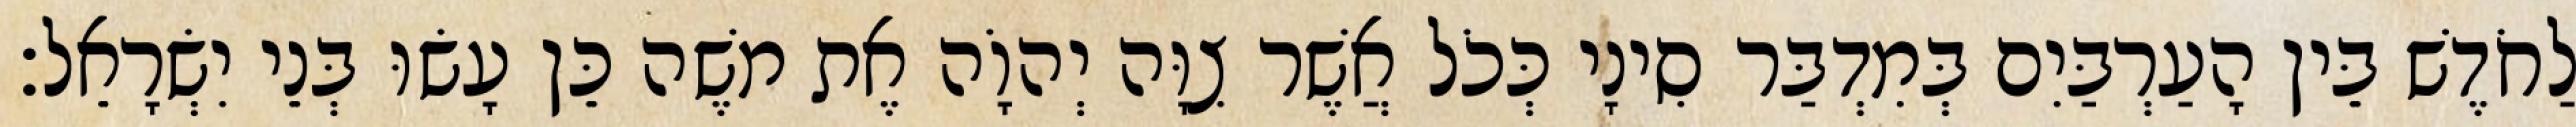
לַחֹדֶשׁ בֵּין הָעַרְבַּיִם בְּמִדְבַּר סִינָי כְּכֹל אֲשֶׁר צִוָּה יְהוָֹה אֶת משֶׁה כֵּן עָשׂוּ בְּנֵי יִשְׂרָאֵל׃